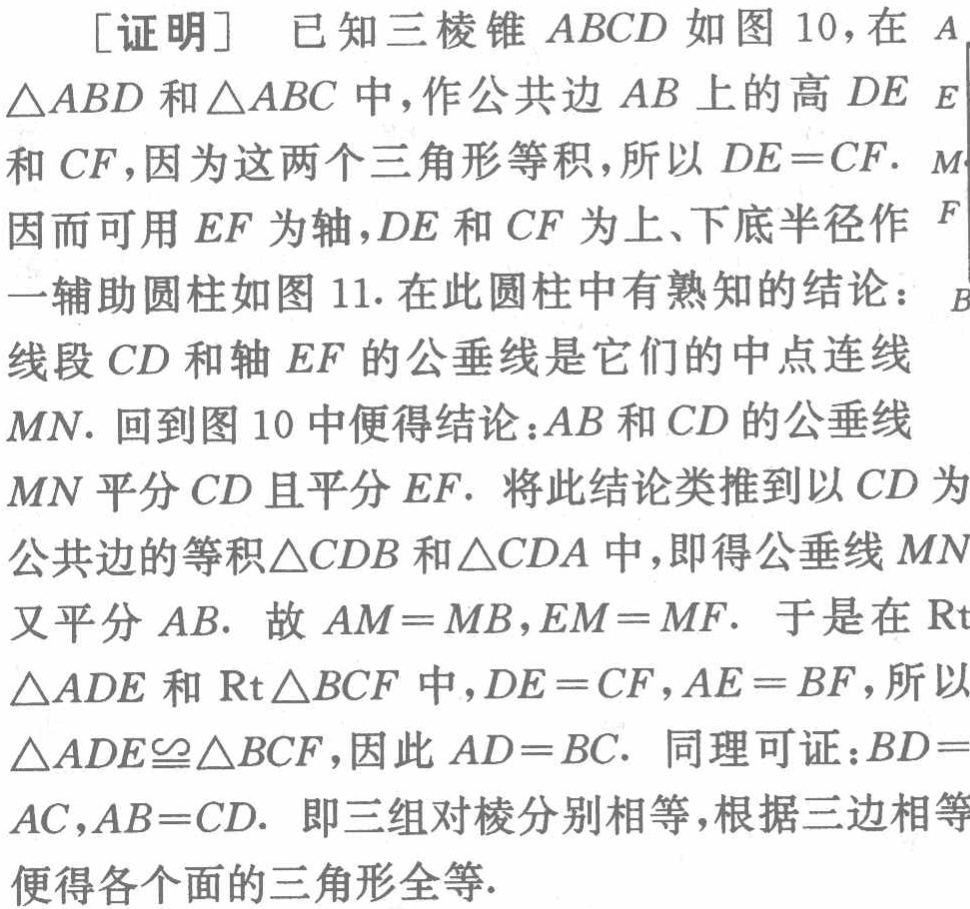
[证明] 已知三棱锥 \(ABCD\) 如图 10，在 \(\triangle ABD\) 和 \(\triangle ABC\) 中，作公共边 \(AB\) 上的高 \(DE\) 和 \(CF\)，因为这两个三角形等积，所以 \(DE = CF\). 因而可用 \(EF\) 为轴，\(DE\) 和 \(CF\) 为上、下底半径作一辅助圆柱如图 11. 在此圆柱中有熟知的结论：线段 \(CD\) 和轴 \(EF\) 的公垂线是它们的中点连线 \(MN\). 回到图 10 中便得结论：\(AB\) 和 \(CD\) 的公垂线 \(MN\) 平分 \(CD\) 且平分 \(EF\). 将此结论类推到以 \(CD\) 为公共边的等积 \(\triangle CDB\) 和 \(\triangle CDA\) 中，即得公垂线 \(MN\) 又平分 \(AB\). 故 \(AM = MB\)，\(EM = MF\). 于是在 \(\text{Rt}\triangle ADE\) 和 \(\text{Rt}\triangle BCF\) 中，\(DE = CF\)，\(AE = BF\)，所以 \(\triangle ADE\cong\triangle BCF\)，因此 \(AD = BC\). 同理可证：\(BD = AC\)，\(AB = CD\). 即三组对棱分别相等，根据三边相等便得各个面的三角形全等.